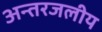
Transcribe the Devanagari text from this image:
अन्‍तरजलीय